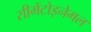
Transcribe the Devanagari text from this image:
सीमेंटोइनेमल